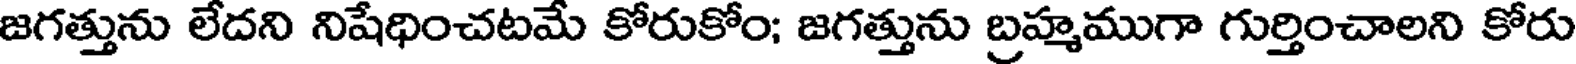
జగత్తును లేదని నిషేధించటమే కోరుకోం; జగత్తును బ్రహ్మముగా గుర్తించాలని కోరు